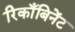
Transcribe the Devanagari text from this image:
रिकाँबिनेंट